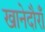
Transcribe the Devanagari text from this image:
खानेदौराँ